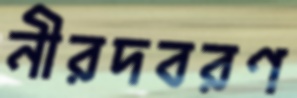
নীরদবরণ